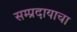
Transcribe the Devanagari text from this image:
सम्प्रदायाचा